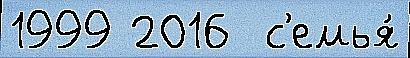
1999 2016  с'емья́